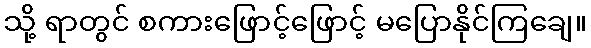
သို့ ရာတွင် စကားဖြောင့်ဖြောင့် မပြောနိုင်ကြချေ။